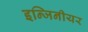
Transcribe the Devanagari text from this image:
इन्जिनीयर